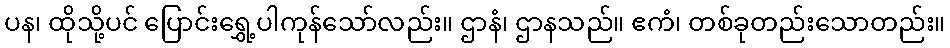
ပန၊ ထိုသို့ပင် ပြောင်းရွှေ့ပါကုန်သော်လည်း။ ဌာနံ၊ ဌာနသည်။ ဧကံ၊ တစ်ခုတည်းသောတည်း။